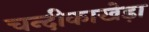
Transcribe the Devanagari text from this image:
चन्दीकाखेड़ा